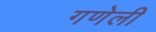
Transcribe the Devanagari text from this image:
गणेली